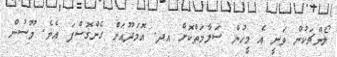
ލޯންޗަކުން ވަނީ އެ މީހުން ސަލާމަތްކޮށް އދ. އޮމަދޫއަށް ގެންގޮސްފަ އެވެ. މޫސުން